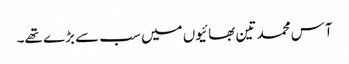
آس محمد تین بھائیوں میں سب سے بڑے تھے۔